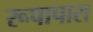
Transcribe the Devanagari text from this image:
रूपापारा